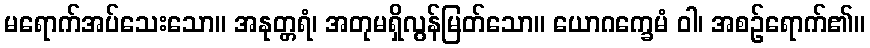
မရောက်အပ်သေးသော။ အနုတ္တရံ၊ အတုမရှိလွန်မြတ်သော။ ယောဂက္ခေမံ ဝါ၊ အစဉ်ရောက်၏။